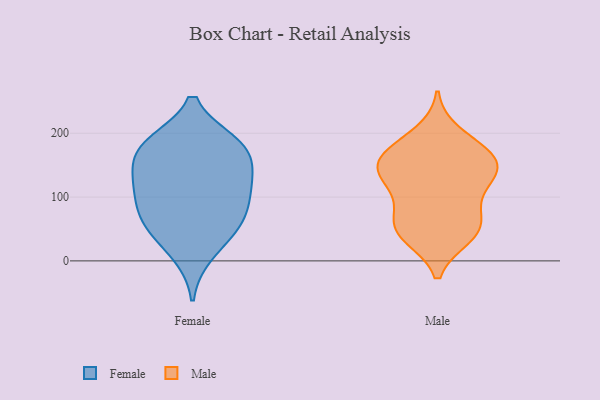
{"axis": {"x": "Churn Rate (%)", "y": "Value"}, "legend": ["Female", "Male"], "data": [{"x": "", "y": 176, "type": "Female"}, {"x": "", "y": 54, "type": "Female"}, {"x": "", "y": 88, "type": "Female"}, {"x": "", "y": 104, "type": "Female"}, {"x": "", "y": 137, "type": "Female"}, {"x": "", "y": 133, "type": "Female"}, {"x": "", "y": 119, "type": "Female"}, {"x": "", "y": 184, "type": "Female"}, {"x": "", "y": 63, "type": "Female"}, {"x": "", "y": 53, "type": "Female"}, {"x": "", "y": 178, "type": "Female"}, {"x": "", "y": 182, "type": "Female"}, {"x": "", "y": 11, "type": "Female"}, {"x": "", "y": 174, "type": "Male"}, {"x": "", "y": 119, "type": "Male"}, {"x": "", "y": 118, "type": "Male"}, {"x": "", "y": 156, "type": "Male"}, {"x": "", "y": 160, "type": "Male"}, {"x": "", "y": 138, "type": "Male"}, {"x": "", "y": 55, "type": "Male"}, {"x": "", "y": 149, "type": "Male"}, {"x": "", "y": 172, "type": "Male"}, {"x": "", "y": 200, "type": "Male"}, {"x": "", "y": 40, "type": "Male"}, {"x": "", "y": 79, "type": "Male"}, {"x": "", "y": 45, "type": "Male"}, {"x": "", "y": 38, "type": "Male"}, {"x": "", "y": 70, "type": "Male"}, {"x": "", "y": 136, "type": "Male"}]}